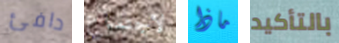
دافئ لاجتماع ماذا بالتأكيد